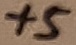
Text: +5